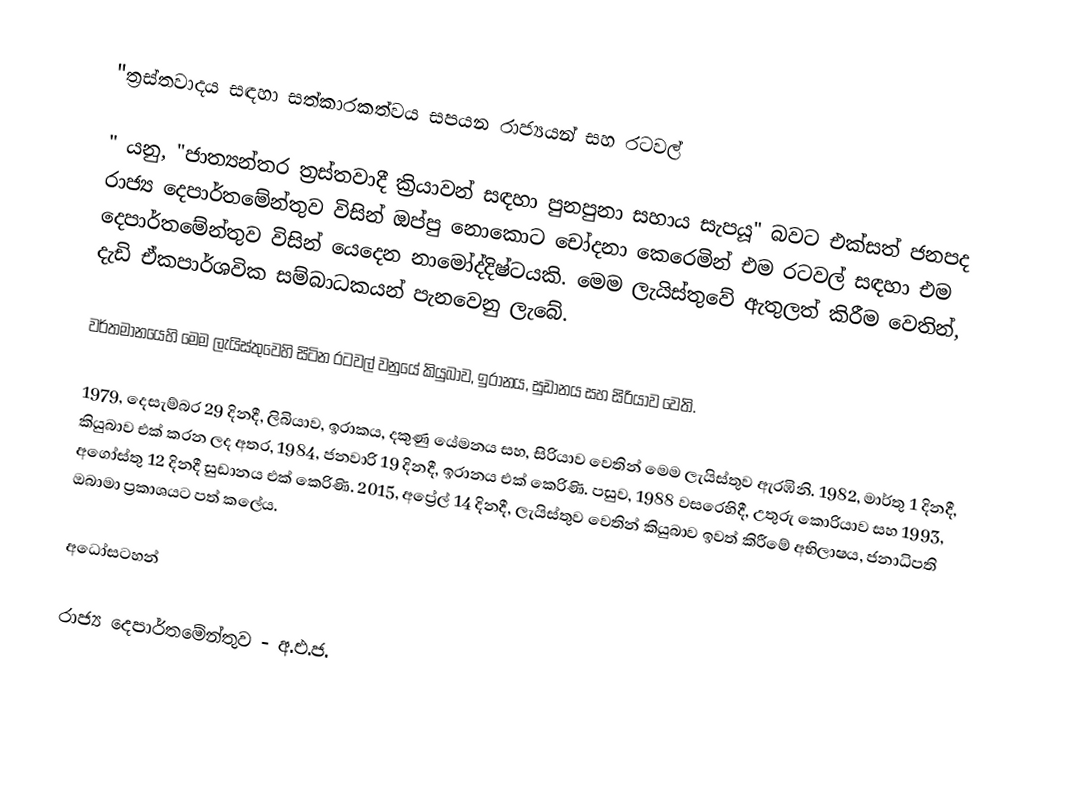
"ත්‍රස්තවාදය සඳහා සත්කාරකත්වය සපයන රාජ්‍යයන් සහ රටවල්

" යනු,  "ජාත්‍යන්තර ත්‍රස්තවාදී ක්‍රියාවන් සඳහා පුනපුනා සහාය සැපයූ" බවට එක්සත් ජනපද රාජ්‍ය දෙපාර්තමේන්තුව විසින් ඔප්පු නොකොට චෝදනා කෙරෙමින්  එම රටවල් සඳහා එම දෙපාර්තමේන්තුව විසින් යෙදෙන නාමෝද්දිෂ්ටයකි. මෙම ලැයිස්තුවේ ඇතුලත් කිරීම වෙතින්,  දැඩි ඒකපාර්ශවික සම්බාධකයන් පැනවෙනු ලැබේ.

වර්තමානයෙහි මෙම ලැයිස්තුවෙහි සිටින රටවල් වනුයේ කියුබාව, ඉරානය, සුඩානය සහ සිරියාව වෙති.

1979,  දෙසැම්බර 29 දිනදී, ලිබියාව, ඉරාකය, දකුණු යේමනය සහ, සිරියාව වෙතින් මෙම ලැයිස්තුව ඇරඹිනි. 1982, මාර්තු 1 දිනදී,  කියුබාව එක් කරන ලද අතර,  1984, ජනවාරි 19 දිනදී, ඉරානය එක් කෙරිණි. පසුව, 1988 වසරෙහිදී,  උතුරු කොරියාව සහ 1993, අගෝස්තු 12 දිනදී සුඩානය එක් කෙරිණි. 2015, අප්‍රේල් 14 දිනදී, ලැයිස්තුව වෙතින් කියුබාව ඉවත් කිරීමේ අභිලාෂය,  ජනාධිපති ඔබාමා ප්‍රකාශයට පත් කලේය.

අධෝසටහන්

රාජ්‍ය දෙපාර්තමේන්තුව - අ.එ.ජ.